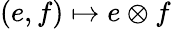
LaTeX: (e,f)\mapsto e\otimes f